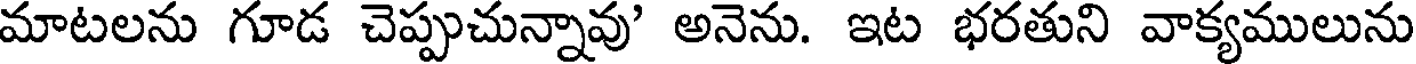
మాటలను గూడ చెప్పుచున్నావు' అనెను. ఇట భరతుని వాక్యములును